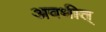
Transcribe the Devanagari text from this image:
अवधीत्‌